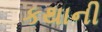
કથાની